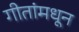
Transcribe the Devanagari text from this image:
गीतांमधून